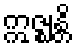
ဣဇ္ဈန္တိ